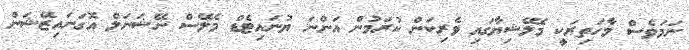
ނަމަވެސް މާހަތިރަކީ މެލޭޝިޔާގައި ވެރިކަން ކުރަމުން އަންނަ ޔުނައިޓެޑް މެލޭސް ނޭޝަނަލް އޮގަނައިޒޭޝަން